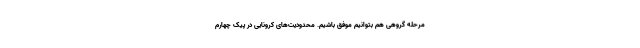
مرحله گروهی هم بتوانیم موفق باشیم. محدودیت‌های کرونایی در پیک چهارم